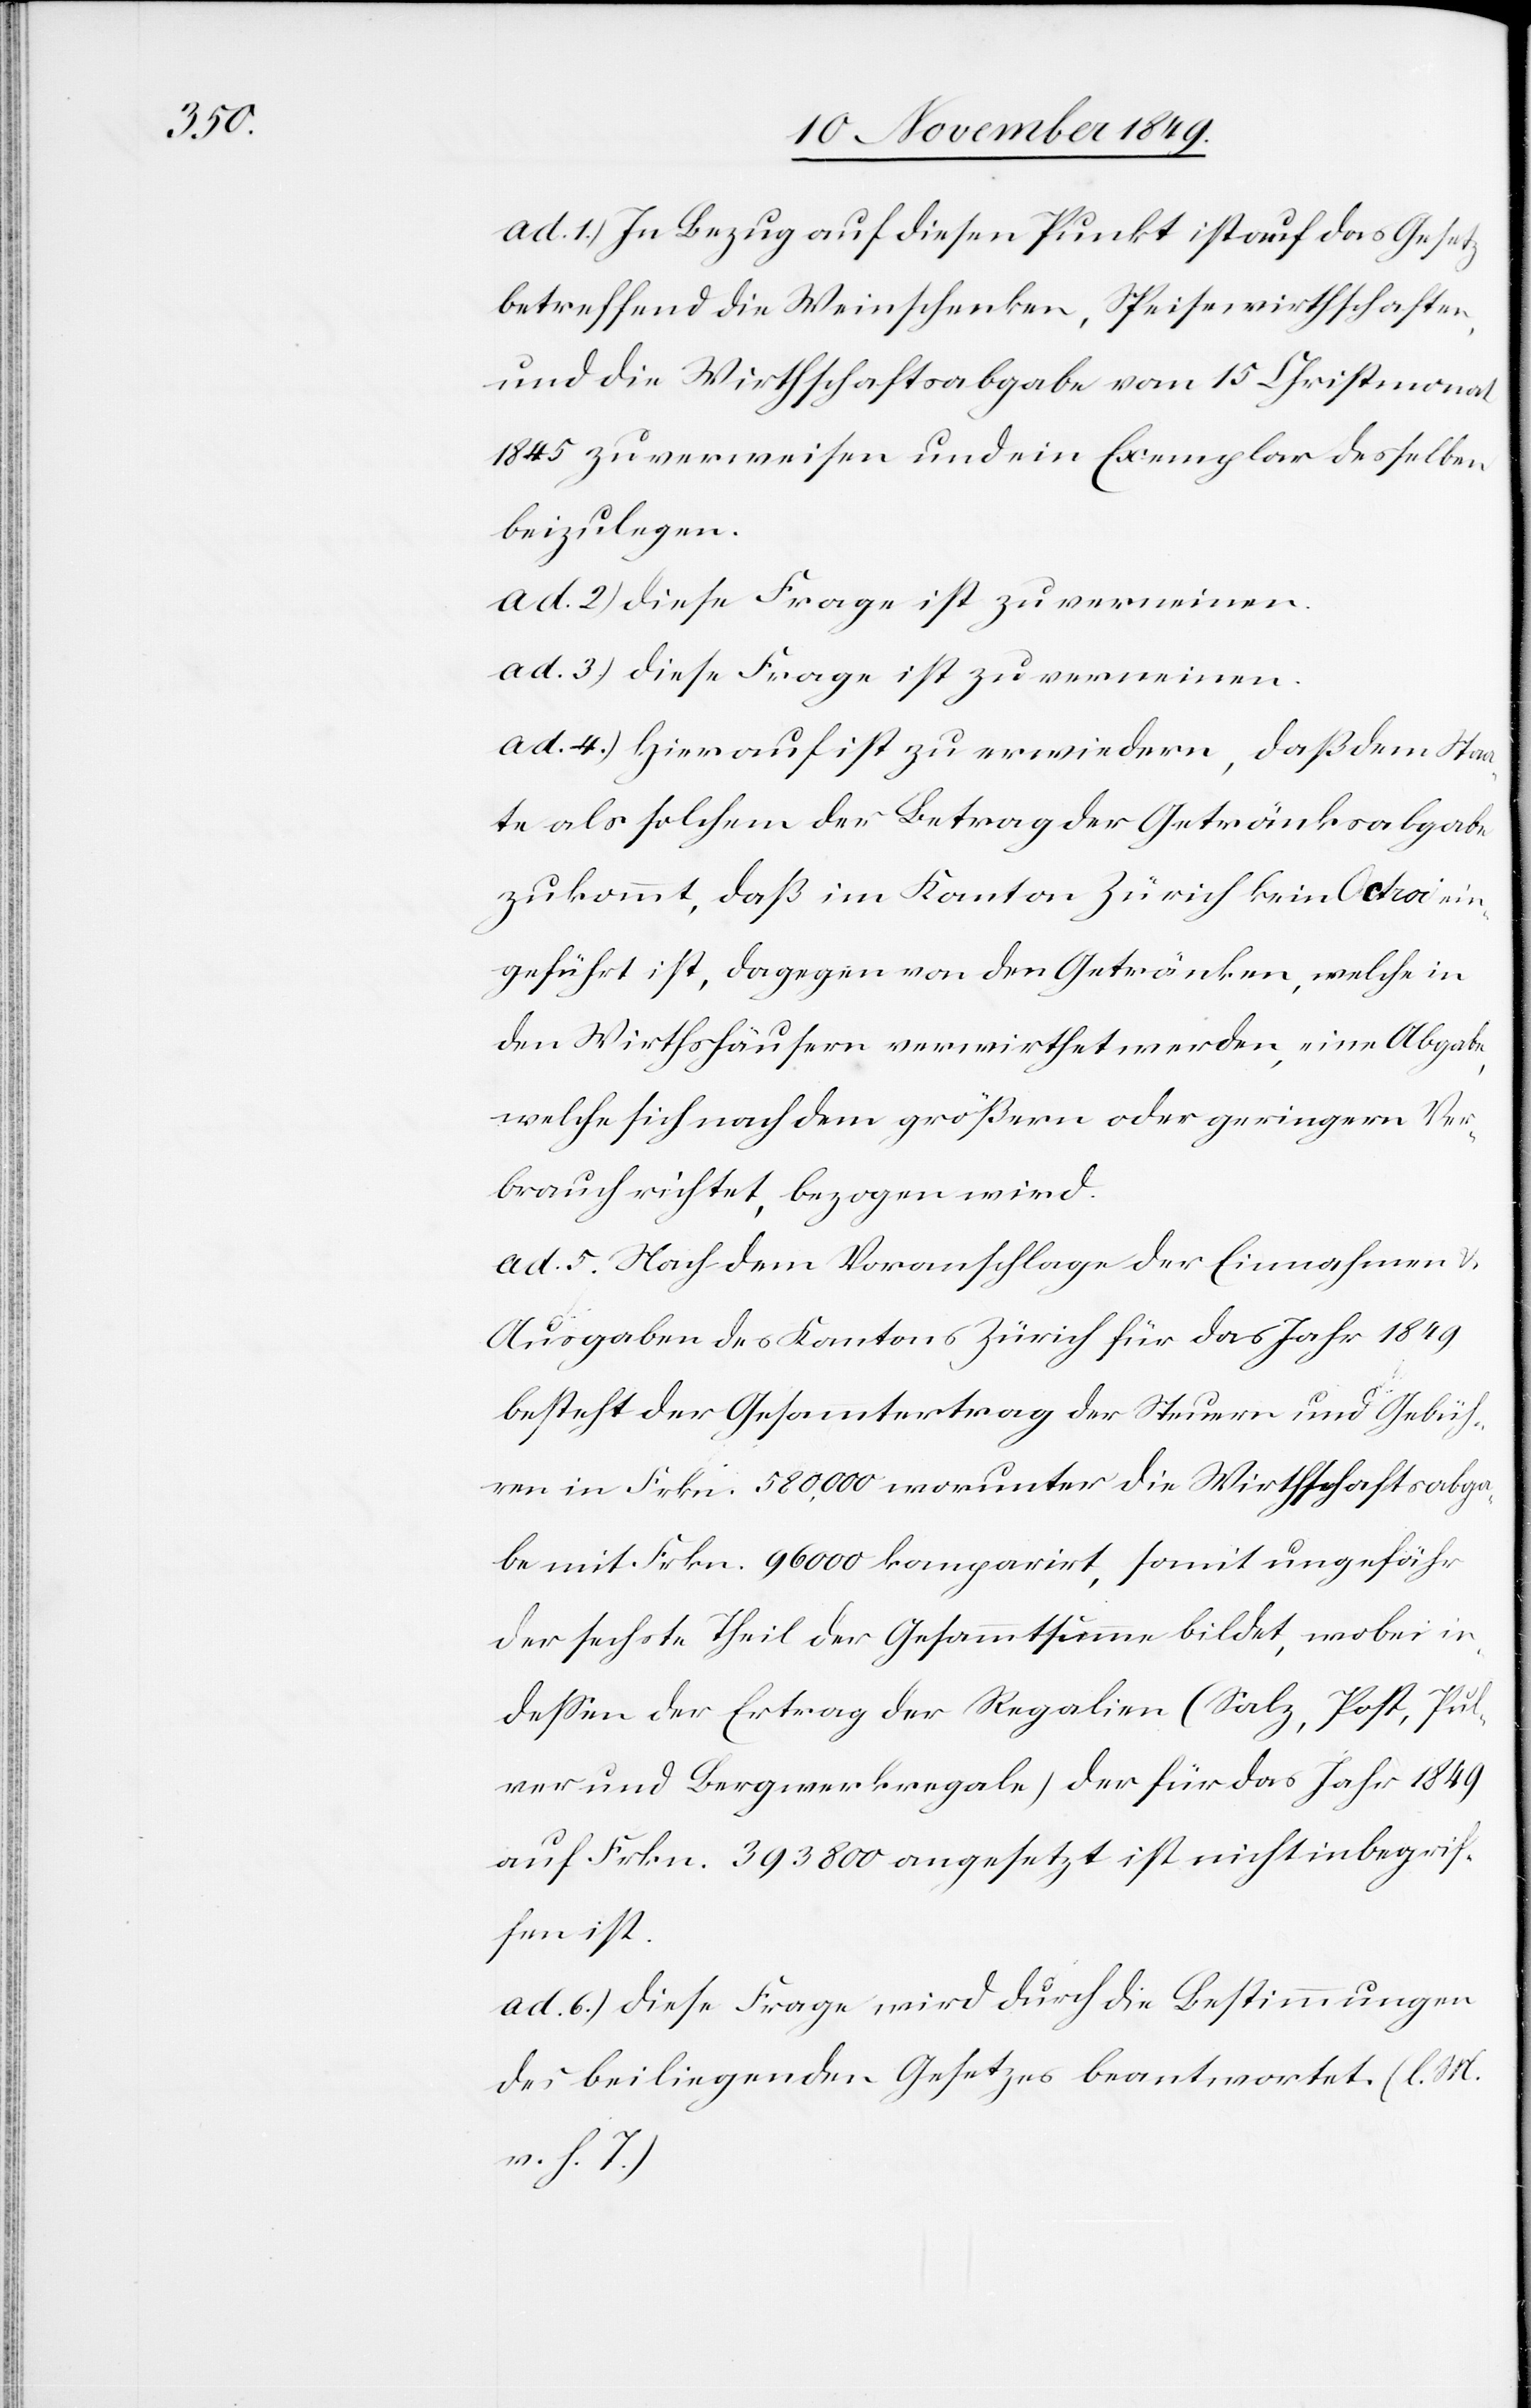
ad. 1.) In Bezug auf diesen Punkt ist auf das Gesetz
betreffend die Weinschenken, Speisewirthschaften
und die Wirthschaftsabgabe vom 15 Christmonat
1845 zu verweisen und ein Exemplar desselben
beizulegen.
ad. 2.) diese Frage ist zu verneinen.
ad. 3.) diese Frage ist zu verneinen.
ad. 4.) Hierauf ist zu erwiedern, daß dem Staa¬
te als solchem der Betrag der Getränksabgabe
zukommt, daß im Kanton Zürich kein Octroi ein¬
geführt ist, dagegen von den Getränken, welche in
den Wirthshäusern verwirthet werden, eine Abgabe,
welche sich nach dem größern oder geringern Ver¬
brauch richtet, bezogen wird.
ad. 5. Nach dem Voranschlage der Einnahmen u.
Ausgaben des Kantons Zürich für das Jahr 1849
besteht der Gesammtertrag der Steuern und Gebüh¬
ren in Frkn. 580,000 worunter die Wirthschaftsabga¬
be mit Frkn. 96,000 komparirt, somit ungefähr
der sechste Theil der Gesammtsumme bildet, wobei in
deßen der Ertrag der Regalien (Salz, Post, Pul¬
ver und Bergwerkregale) der für das Jahr 1849
auf Frkn. 393,800 angesetzt ist nicht inbegrif¬
fen ist.
ad. 6.) diese Frage wird durch die Bestimmungen
des beiliegenden Gesetzes beantwortet. [l. M.
v. h. T]